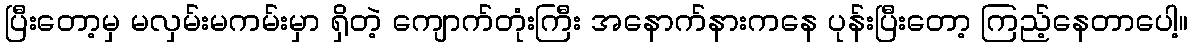
ပြီးတော့မှ မလှမ်းမကမ်းမှာ ရှိတဲ့ ကျောက်တုံးကြီး အနောက်နားကနေ ပုန်းပြီးတော့ ကြည့်နေတာပေါ့။